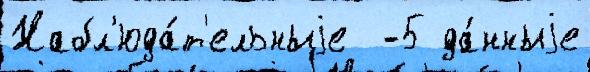
Набл'юда́т'ельныjе  -5 да́нныjе